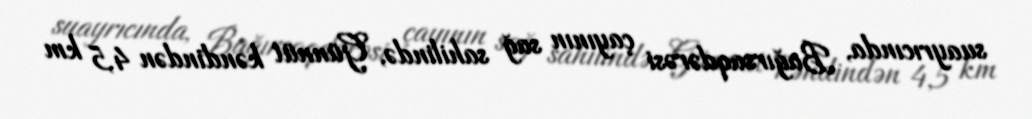
suayrıcında, Bağırsaqdərəsi çayının sağ sahilində, Günnüt kəndindən 4,5 km